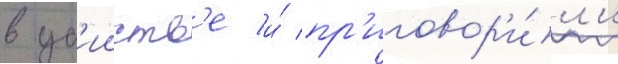
в уб'ииств'е и́ пр'иговор'и́л'и